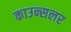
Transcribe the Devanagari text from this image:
काउन्सलर